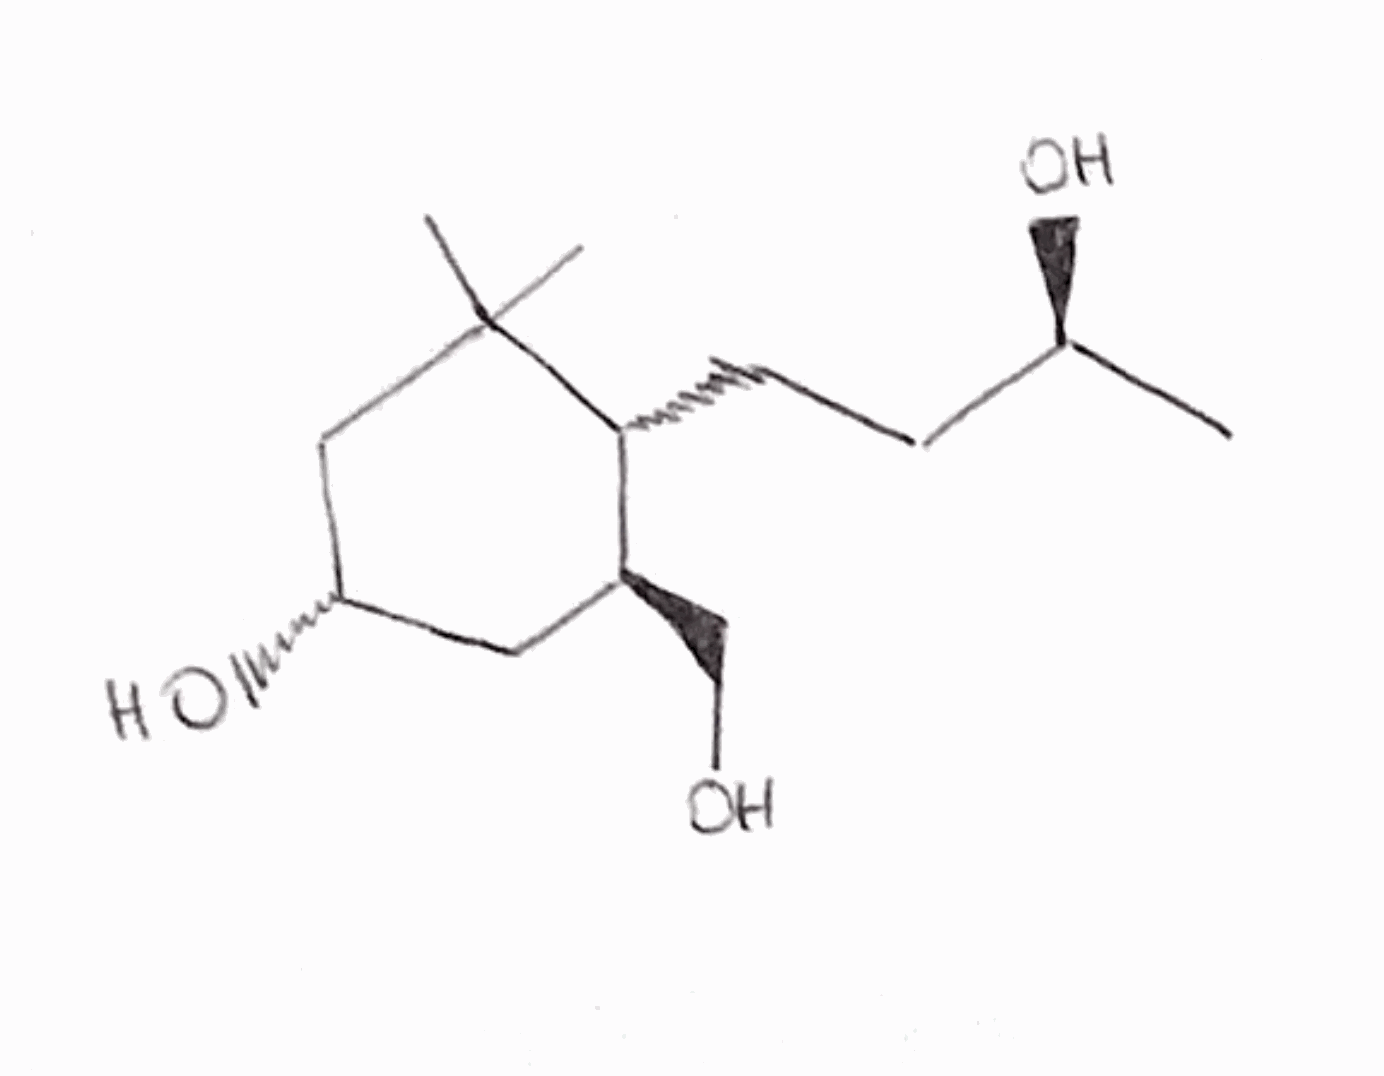
Simplified molecular-input line-entry system (SMILES) notation of the given molecule:
C[C@@H](CC[C@@H]1[C@H](C[C@@H](CC1(C)C)O)CO)O